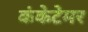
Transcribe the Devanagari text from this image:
कंकेटेमर